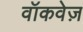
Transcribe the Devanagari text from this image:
वॉकवेज़